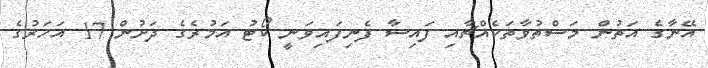
އޭނާގެ އަތުން މަސްތުވާތަކެއްޗާއި ފައިސާ ފެނިފައިވަނީ ކޯޓު އަމުރެެގެ ދަށުން 17 އަހަރުގެ